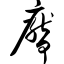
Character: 厣